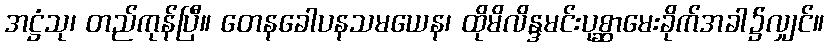
အဋ္ဌံသု၊ တည်ကုန်ပြီ။ တေနခေါပနသမယေန၊ ထိုမိလိန္ဒမင်းပုစ္ဆာမေးခိုက်အခါ၌လျှင်။